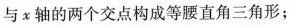
与x轴的两个交点构成等腰直角三角形；